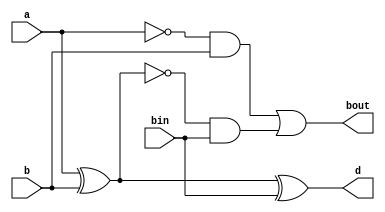
module full_sub(a,b,bin,d,bout);

 input wire a,b,bin;
  output reg d,bout;
  
  assign d = a^b^bin;
  assign bout = (~a&b) | (~(a^b) & bin);
  
endmodule